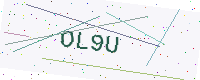
Text: OL9U